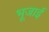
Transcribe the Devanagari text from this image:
भूजाई